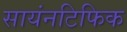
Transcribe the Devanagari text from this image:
सायंनटिफिक